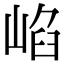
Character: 𡸞